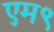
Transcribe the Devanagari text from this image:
एम९